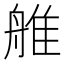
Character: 𦩏